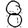
Digit: 8